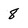
Character: 8